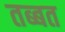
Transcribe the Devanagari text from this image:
तब्बत